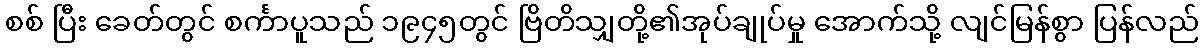
စစ် ပြီး ခေတ်တွင် စင်္ကာပူသည် ၁၉၄၅တွင် ဗြိတိသျှတို့၏အုပ်ချုပ်မှု အောက်သို့ လျင်မြန်စွာ ပြန်လည်